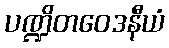
ပဏ္ဍိတဝေဒနီယံ